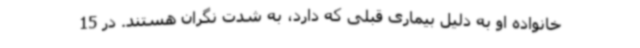
خانواده او به دلیل بیماری قبلی که دارد، به شدت نگران هستند. در 15